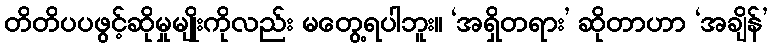
တိတိပပဖွင့်ဆိုမှုမျိုးကိုလည်း မတွေ့ရပါဘူး။ ‘အရှိတရား’ ဆိုတာဟာ ‘အချိန်’